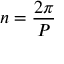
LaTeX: n = { \frac { 2 \pi } { P } }